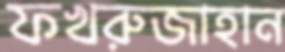
ফখরুজাহান